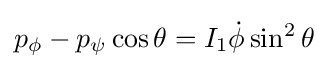
p_{\phi }-p_{\psi }\cos \theta =I_{1}{\dot {\phi }}\sin ^{2}\theta